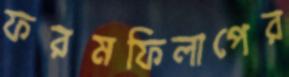
ফরমফিলাপের